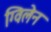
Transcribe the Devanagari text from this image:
ग्विलेन